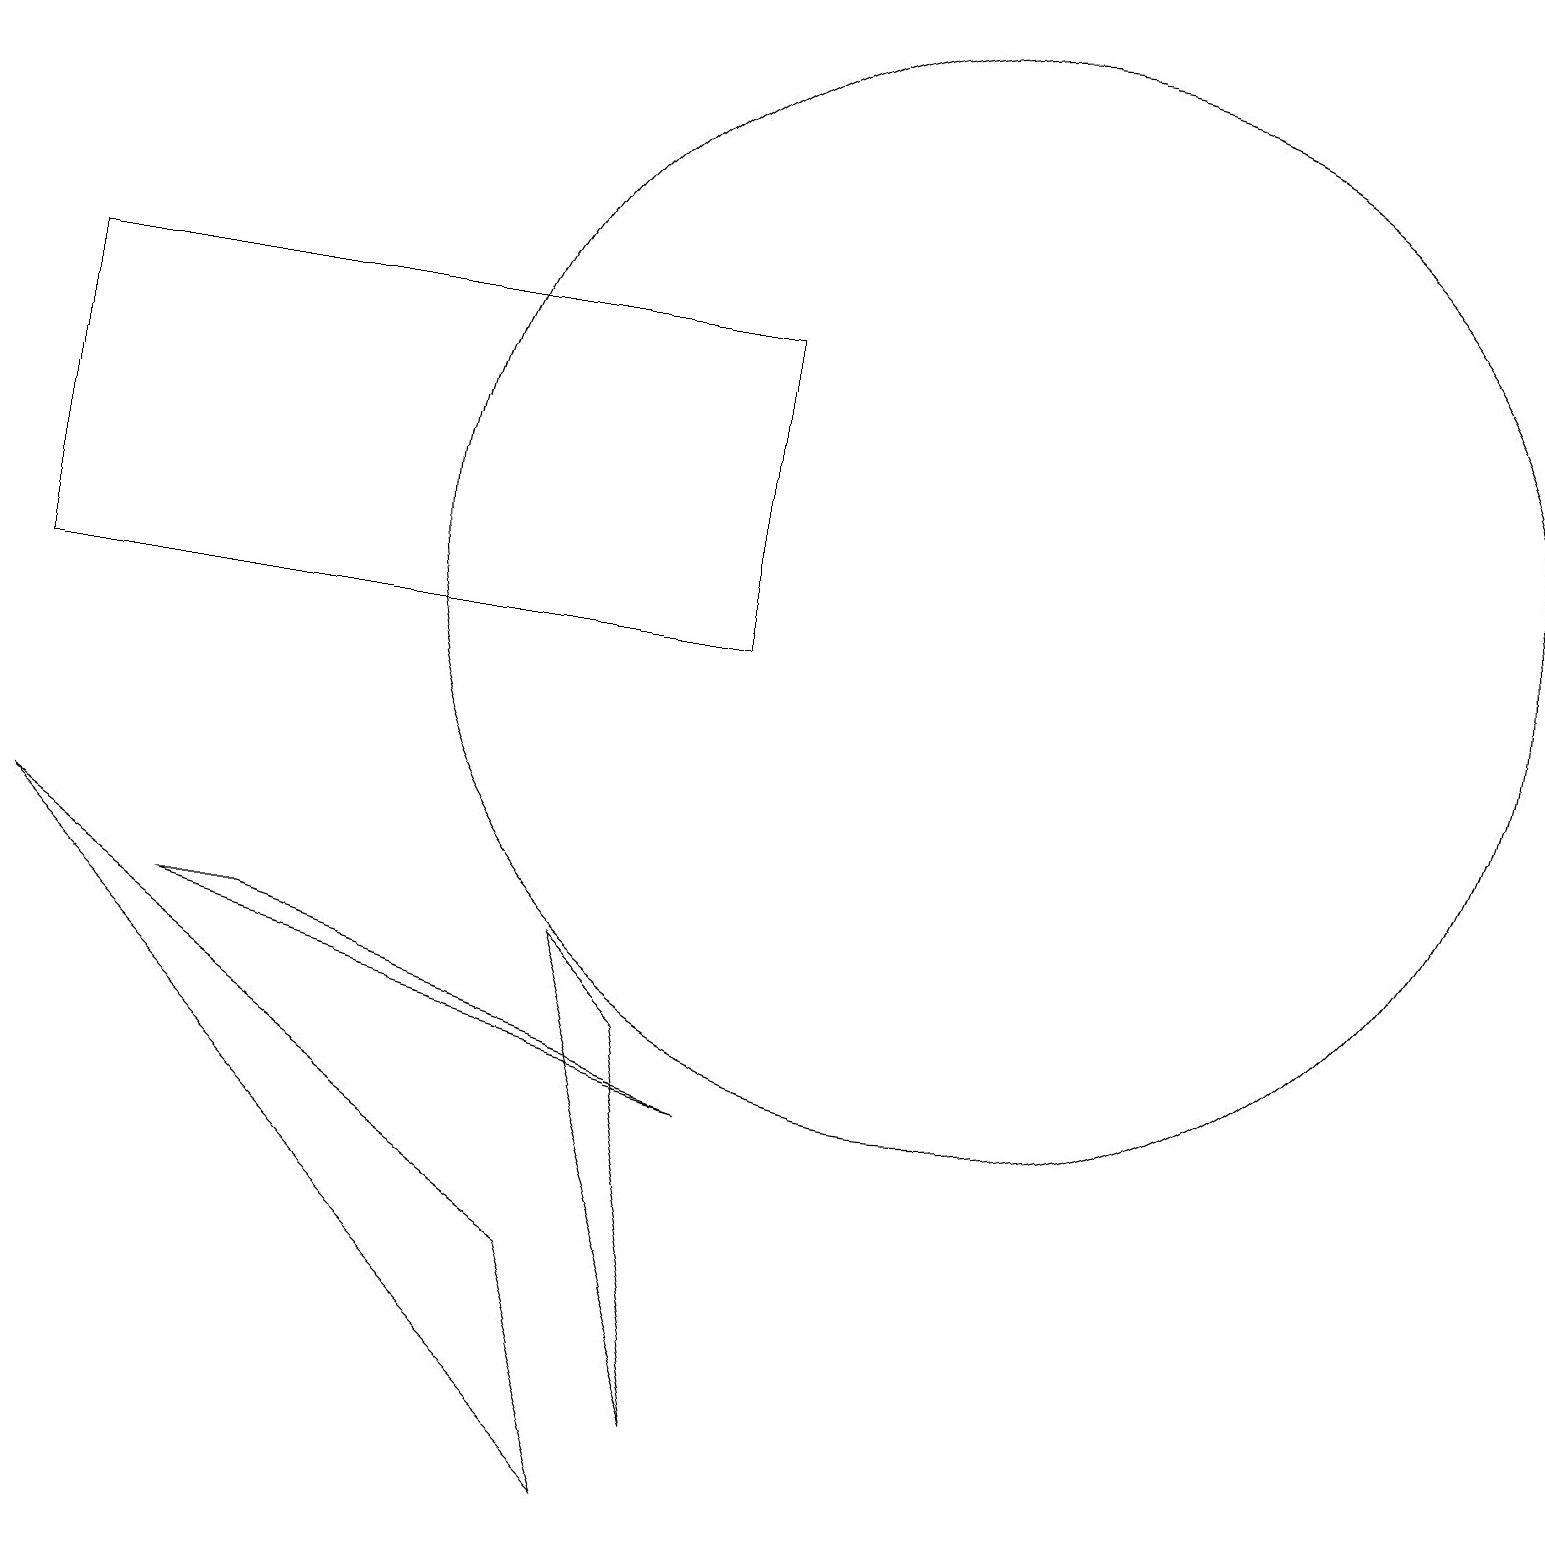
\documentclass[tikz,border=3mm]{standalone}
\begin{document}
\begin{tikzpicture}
\draw (7,7) -- (9,1) -- (8,6) -- cycle;
\draw (0,11) rectangle (9,15);
\draw (0,8) -- (7,3) -- (8,0) -- cycle;
\draw (12,12) circle (7);
\draw (2,7) -- (3,7) -- (9,5) -- cycle;
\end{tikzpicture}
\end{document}